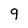
Character: 9